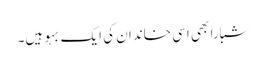
شبارا بھی اسی خاندان کی ایک بہو ہیں۔